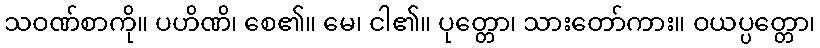
သဝဏ်စာကို။ ပဟိဏိ၊ စေ၏။ မေ၊ ငါ၏။ ပုတ္တော၊ သားတော်ကား။ ဝယပ္ပတ္တော၊